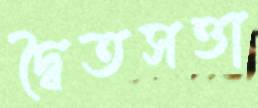
দ্বৈতসত্তা